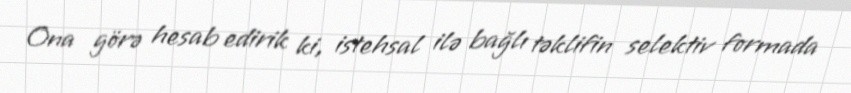
Ona görə hesab edirik ki, istehsal ilə bağlı təklifin selektiv formada